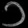
Digit: ၁